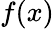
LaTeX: f(x)